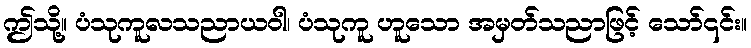
ဤသို့။ ပံသုကူလသညာယဝါ၊ ပံသုကူ ဟူသော အမှတ်သညာဖြင့် သော်၎င်း။